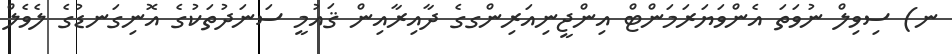
ނ) ސިވިލް ނުވަތަ އެންވަޔަރަމަންޓް އިންޖީނިއަރިންގގެ ދާއިރާއިން ޤައުމީ ސަނަދުތަކުގެ އޮނިގަނޑުގެ ލެވެލް